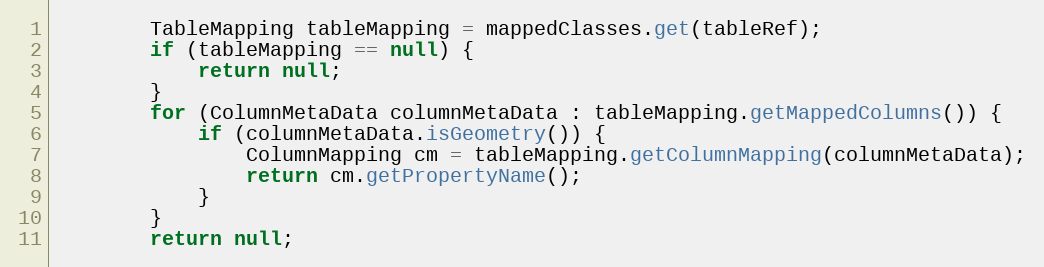
Language: Java
        TableMapping tableMapping = mappedClasses.get(tableRef);
        if (tableMapping == null) {
            return null;
        }
        for (ColumnMetaData columnMetaData : tableMapping.getMappedColumns()) {
            if (columnMetaData.isGeometry()) {
                ColumnMapping cm = tableMapping.getColumnMapping(columnMetaData);
                return cm.getPropertyName();
            }
        }
        return null;